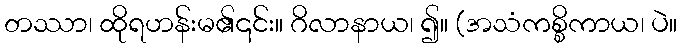
တဿာ၊ ထိုရဟန်းမ၏၎င်း။ ဂိလာနာယ၊ ၍။ (အသံကစ္စိကာယ၊ ပဲ။